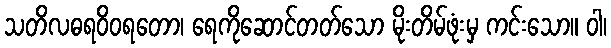
သတိလဓရဝိဝရတော၊ ရေကိုဆောင်တတ်သော မိုးတိမ်ဖုံးမှ ကင်းသော။ ဝါ၊